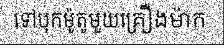
ទៅបុកម៉ូតូមួយគ្រឿងម៉ាក